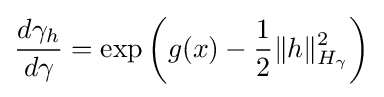
{\frac {d\gamma _{h}}{d\gamma }}=\exp \left(g(x)-{\frac {1}{2}}\|h\|_{H_{\gamma }}^{2}\right)